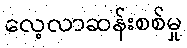
လေ့လာဆန်းစစ်မှု